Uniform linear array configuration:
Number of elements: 16
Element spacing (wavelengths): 0.75
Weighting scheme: exponential
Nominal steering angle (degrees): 45
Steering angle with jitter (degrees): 43.778
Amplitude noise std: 0.05
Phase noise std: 0.05

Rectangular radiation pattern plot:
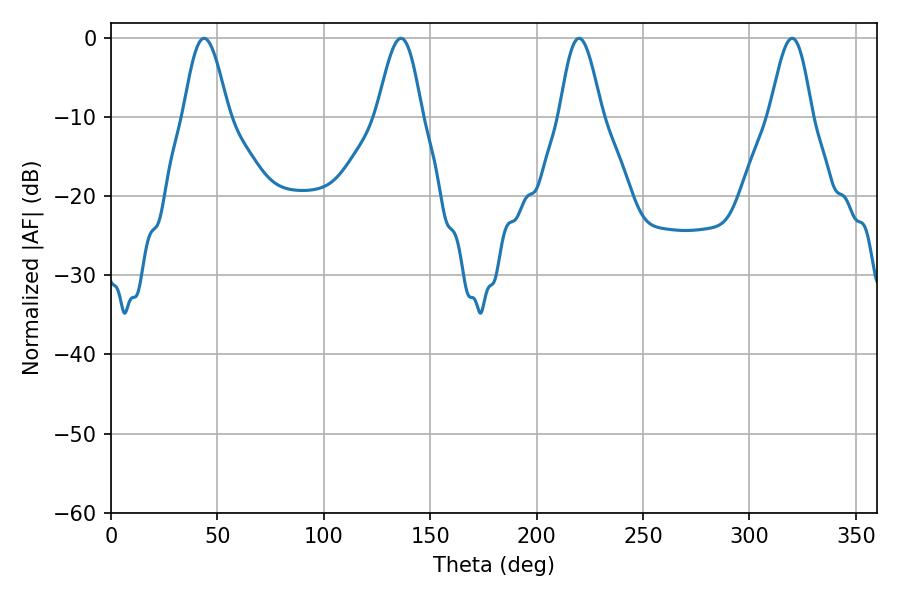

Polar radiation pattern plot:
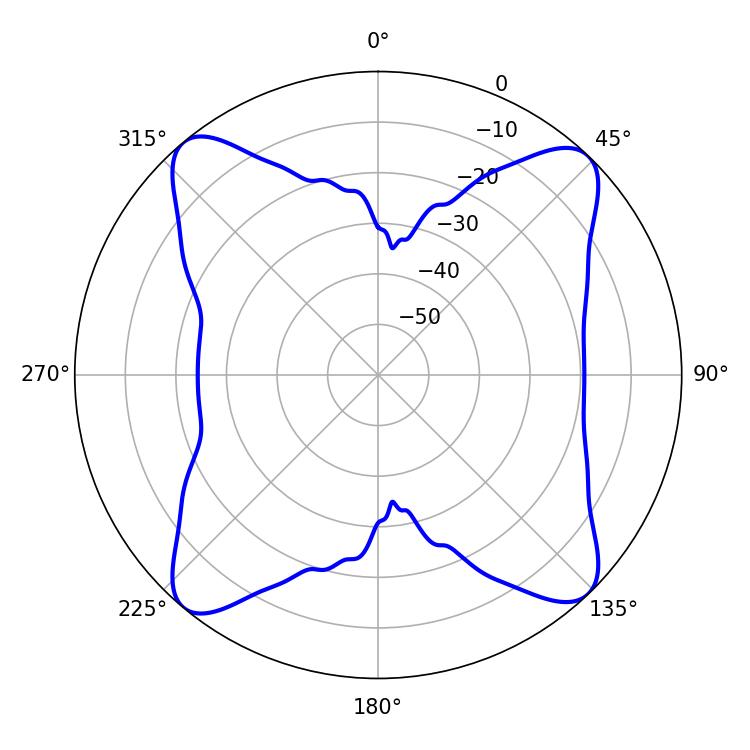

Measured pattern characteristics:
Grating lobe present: TRUE
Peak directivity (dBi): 16.161
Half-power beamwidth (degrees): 11.34
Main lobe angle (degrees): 43.74